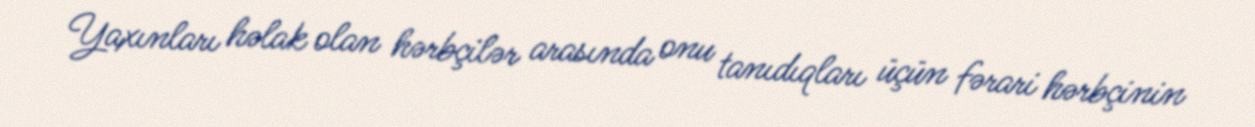
Yaxınları həlak olan hərbçilər arasında onu tanıdıqları üçün fərari hərbçinin